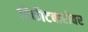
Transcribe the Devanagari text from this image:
तिकीटबारीवर